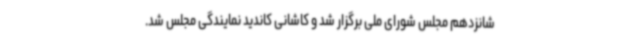
شانزدهم مجلس شورای ملی برگزار شد و کاشانی کاندید نمایندگی مجلس شد.